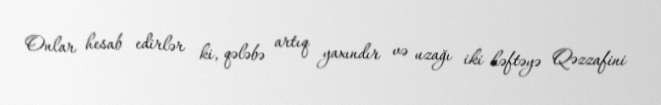
Onlar hesab edirlər ki, qələbə artıq yaxındır və uzağı iki həftəyə Qəzzafini